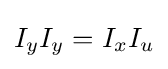
\,\!I_{y}I_{y}=I_{x}I_{u}